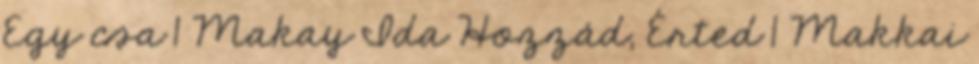
Egy csa 1 Makay Ida Hozzád, Érted 1 Makkai